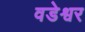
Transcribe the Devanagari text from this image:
वडेश्वर